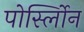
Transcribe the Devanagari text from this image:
पोर्स्लोिन